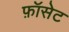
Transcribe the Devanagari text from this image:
फ़ॉसेट